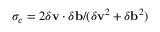
\sigma _ { c } = 2 \delta \mathbf { v } \cdot \delta \mathbf { b } / ( \delta \mathbf { v } ^ { 2 } + \delta \mathbf { b } ^ { 2 } )